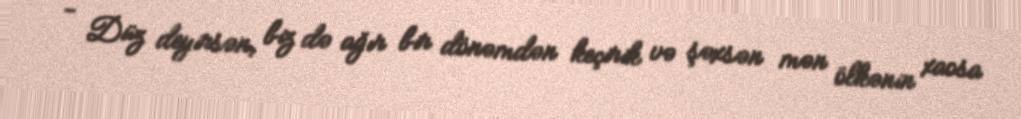
- Düz deyirsən, biz də ağır bir dönəmdən keçirik və şəxsən mən ölkənin xaosa